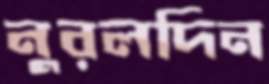
নুরলদিন